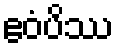
ဧဝံပိဿ